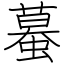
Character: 蟇